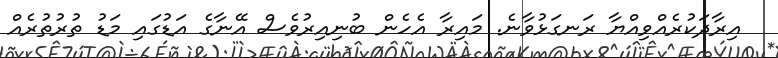
އިރާދަކުރެއްވިއްޔާ ރަނގަޅުވާނެ. މައިރާ އެހެން ބުނިއިރުވެސް އޭނާގެ އަޑުގައި މަޑު ތުރުތުރެއް